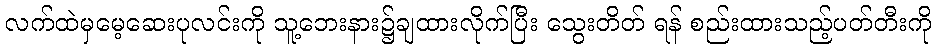
လက်ထဲမှမေ့ဆေးပုလင်းကို သူ့ဘေးနား၌ချထားလိုက်ပြီး သွေးတိတ် ရန် စည်းထားသည့်ပတ်တီးကို